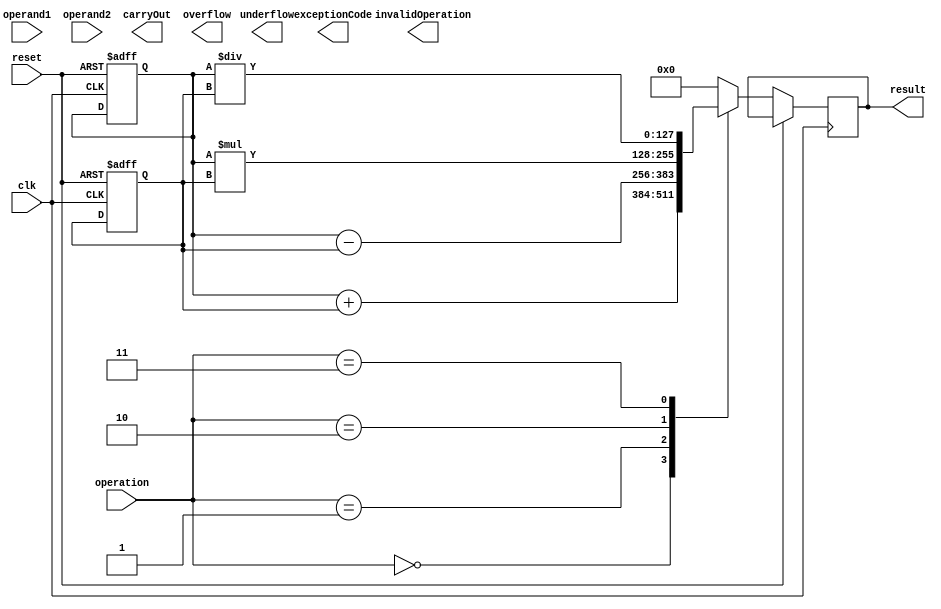
module TriplePrecisionFloatingPointUnit (
    input wire clk,
    input wire reset,
    input wire [127:0] operand1,
    input wire [127:0] operand2,
    input wire [3:0] operation, // 0: add, 1: subtract, 2: multiply, 3: divide
    output wire [127:0] result,
    output wire carryOut,
    output wire overflow,
    output wire underflow,
    output wire invalidOperation,
    output wire [3:0] exceptionCode
);

// Define triple precision floating point registers
reg [127:0] floatingPointRegister1;
reg [127:0] floatingPointRegister2;
reg [127:0] floatingPointRegister3;

// Define arithmetic logic unit
always @(posedge clk or posedge reset) begin
    if (reset) begin
        floatingPointRegister1 <= 128'b0;
        floatingPointRegister2 <= 128'b0;
        floatingPointRegister3 <= 128'b0;
    end else begin
        case(operation)
            0: result <= floatingPointRegister1 + floatingPointRegister2;
            1: result <= floatingPointRegister1 - floatingPointRegister2;
            2: result <= floatingPointRegister1 * floatingPointRegister2;
            3: result <= floatingPointRegister1 / floatingPointRegister2;
            default: result <= 128'b0;
        endcase
    end
end

// Define control unit
always @(posedge clk or posedge reset) begin
    if (reset) begin
        // Perform initialization of control unit
    end else begin
        // Manage the operation of the unit based on the control signals
    end
end

// Define rounding logic
// Implement rounding modes like round to nearest, round towards positive infinity, and round towards negative infinity

// Define error checking functionality
// Detect and handle exceptions such as overflow, underflow, and invalid operations

endmodule